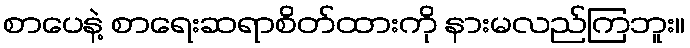
စာပေနဲ့ စာရေးဆရာစိတ်ထားကို နားမလည်ကြဘူး။